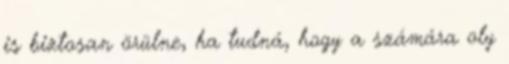
is biztosan örülne, ha tudná, hogy a számára oly